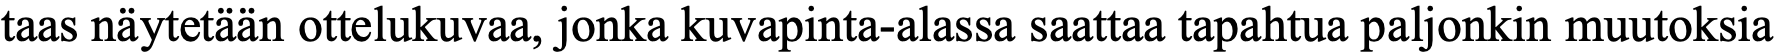
taas näytetään ottelukuvaa, jonka kuvapinta-alassa saattaa tapahtua paljonkin muutoksia